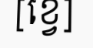
[ខ្វេ]